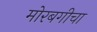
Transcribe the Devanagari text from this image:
मोरबगीचा